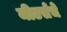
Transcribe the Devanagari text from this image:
मीटर्सचे